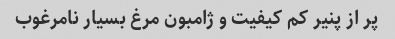
پر از پنیر کم کیفیت و ژامبون مرغ بسیار نامرغوب